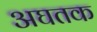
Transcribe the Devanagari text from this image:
अघतक